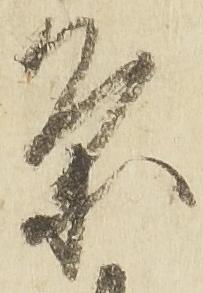
条